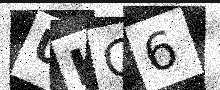
Text: UKG6